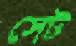
সেট